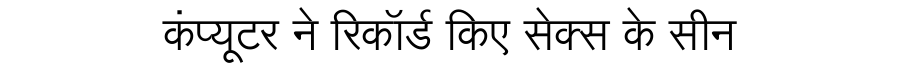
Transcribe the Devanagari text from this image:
कंप्यूटर ने रिकॉर्ड किए सेक्स के सीन